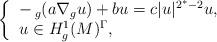
LaTeX: \begin{align*}\left\{\begin{tabular}[c]{l}$-\,_{g}(a\nabla_{g}u)+bu=c|u|^{2^{\ast}-2}u,$\\$u\in H_{g}^{1}(M)^{\Gamma},$\end{tabular}\right. \end{align*}